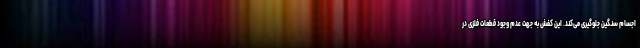
اجسام سنگین جلوگیری می‌کند. این کفش به جهت عدم وجود قطعات فلزی در